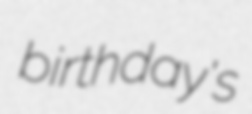
birthday's